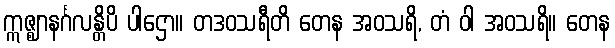
ဣဇ္ဈာနင်္ဂလန္တိပိ ပါဌော။ တဒဝသရီတိ တေန အဝသရိ, တံ ဝါ အဝသရိ။ တေန